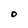
Character: O